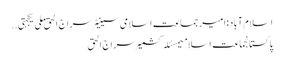
اسلام آباد:امیر جماعت اسلامی سینیٹر سراج الحق ملی یکجہتی ..
پاکستانجماعت اسلامیمسئلہ کشمیرسراج الحق